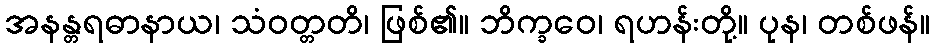
အနန္တရဓာနာယ၊ သံဝတ္တတိ၊ ဖြစ်၏။ ဘိက္ခဝေ၊ ရဟန်းတို့။ ပုန၊ တစ်ဖန်။